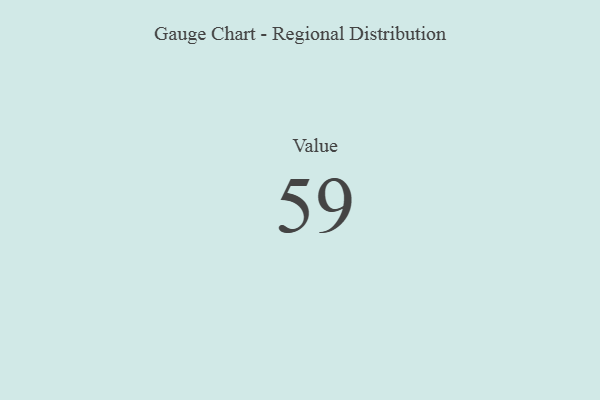
{"axis": {"x": "Metric", "y": "Value"}, "legend": [""], "data": [{"x": "Value", "y": 59, "type": ""}]}